画像に写った文字を読んでください
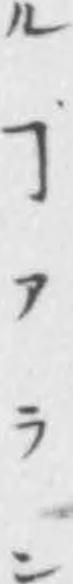
「ルヿアラン」と書いてあります